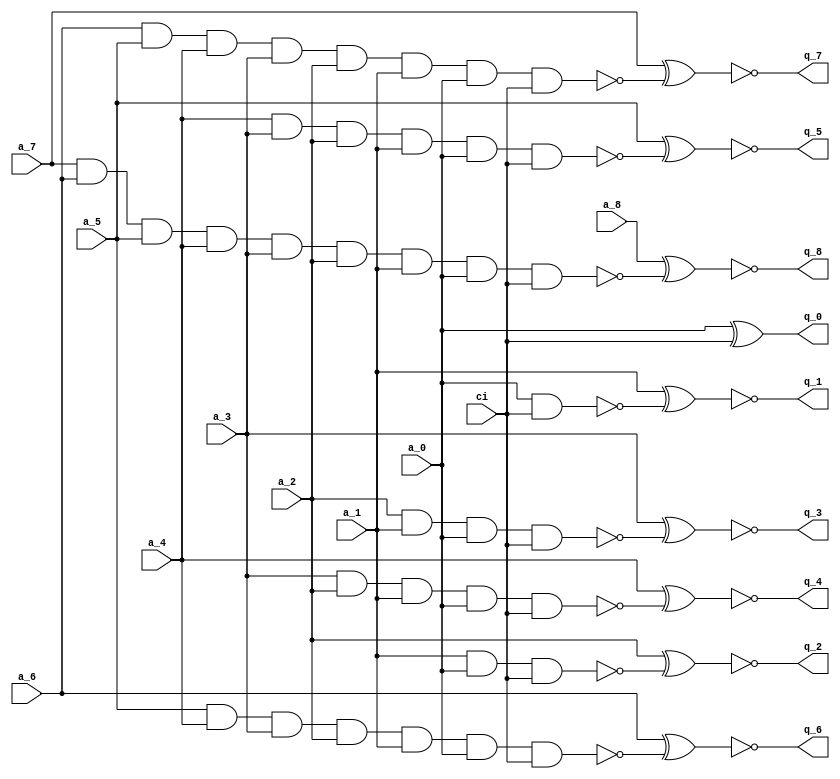
module ha9
(
	output q_0,
	output q_1,
	output q_2,
	output q_3,
	output q_4,
	output q_5,
	output q_6,
	output q_7,
	output q_8,
	input a_0,
	input a_1,
	input a_2,
	input a_3,
	input a_4,
	input a_5,
	input a_6,
	input a_7,
	input a_8,
	input ci
);
wire c;
wire q1t;
wire q2t;
wire q3t;
wire q4t;
wire vcc;
wire q5t;
wire q6t;
wire q7t;
wire q8t;

// WBK.NET (206) - c : nivh
assign c = ci;

// WBK.NET (207) - q0 : eo
assign q_0 = a_0 ^ c;

// WBK.NET (209) - q1t : nd2
assign q1t = ~(a_0 & c);

// WBK.NET (210) - q1 : en
assign q_1 = ~(a_1 ^ q1t);

// WBK.NET (212) - q2t : nd3
assign q2t = ~(a_1 & a_0 & c);

// WBK.NET (213) - q2 : en
assign q_2 = ~(a_2 ^ q2t);

// WBK.NET (215) - q3t : nd4
assign q3t = ~(a_2 & a_1 & a_0 & c);

// WBK.NET (216) - q3 : en
assign q_3 = ~(a_3 ^ q3t);

// WBK.NET (218) - q4t : nd8
assign q4t = ~(vcc & vcc & vcc & a_3 & a_2 & a_1 & a_0 & c);

// WBK.NET (219) - q4 : en
assign q_4 = ~(a_4 ^ q4t);

// WBK.NET (221) - q5t : nd8
assign q5t = ~(vcc & vcc & a_4 & a_3 & a_2 & a_1 & a_0 & c);

// WBK.NET (222) - q5 : en
assign q_5 = ~(a_5 ^ q5t);

// WBK.NET (224) - q6t : nd8
assign q6t = ~(vcc & a_5 & a_4 & a_3 & a_2 & a_1 & a_0 & c);

// WBK.NET (225) - q6 : en
assign q_6 = ~(a_6 ^ q6t);

// WBK.NET (227) - q7t : nd8
assign q7t = ~(a_6 & a_5 & a_4 & a_3 & a_2 & a_1 & a_0 & c);

// WBK.NET (228) - q7 : en
assign q_7 = ~(a_7 ^ q7t);

// WBK.NET (230) - q8t : nd9
assign q8t = ~(a_7 & a_6 & a_5 & a_4 & a_3 & a_2 & a_1 & a_0 & c);

// WBK.NET (231) - q8 : en
assign q_8 = ~(a_8 ^ q8t);

// WBK.NET (233) - vcc : tie1
assign vcc = 1'b1;
endmodule